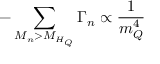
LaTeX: - \sum _ { M _ { n } > M _ { H _ { Q } } } \Gamma _ { n } \propto \frac { 1 } { m _ { Q } ^ { 4 } }